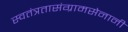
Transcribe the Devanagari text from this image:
स्वतंत्रतासंग्रामसेनानी